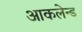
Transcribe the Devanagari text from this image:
आकलेन्ड